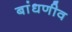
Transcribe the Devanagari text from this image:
बांधणीव